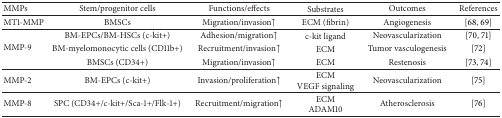
| MMPs | Stem/progenitor cells | Functions/effects | Substrates | Outcomes | References |
 | --- | --- | --- | --- | --- | --- |
 | MT1-MMP | BMSCs | Migration/invasion↑ | ECM (fibrin) | Angiogenesis | [68, 69] |
 | <ROWSPAN=3> MMP-9 | BM-EPCs/BM-HSCs (c-kit+) | Adhesion/migration↑ | c-kit ligand | Neovascularization | [70, 71] |
 | BM-myelomonocytic cells (CD11b+) | Recruitment/invasion↑ | ECM | Tumor vasculogenesis | [72] |
 | BMSCs (CD34+) | Migration/invasion↑ | ECM | Restenosis | [73, 74] |
 | MMP-2 | BM-EPCs (c-kit+) | Invasion/proliferation↑ | ECMVEGF signaling | Neovascularization | [75] |
 | MMP-8 | SPC (CD34+/c-kit+/Sca-1+/Flk-1+) | Recruitment/migration↑ | ECMADAM10 | Atherosclerosis | [76] |